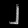
Digit: ၂